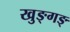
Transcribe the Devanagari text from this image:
खुङ्गङ्